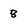
Character: 8